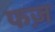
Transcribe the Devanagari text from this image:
फज़